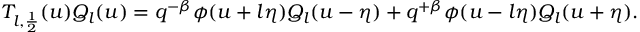
T _ { l , \frac 1 2 } ( u ) Q _ { l } ( u ) = q ^ { - \beta } \phi ( u + l \eta ) Q _ { l } ( u - \eta ) + q ^ { + \beta } \phi ( u - l \eta ) Q _ { l } ( u + \eta ) .